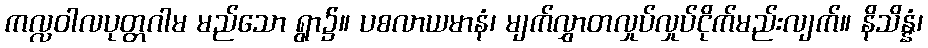
ကလ္လဝါလပုတ္တဂါမ မည်သော ရွာ၌။ ပစလာယမာနံ၊ မျက်လွှာတလှုပ်လှုပ်ငိုက်မည်းလျက်။ နိသိန္နံ၊